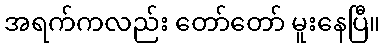
အရက်ကလည်း တော်တော် မူးနေပြီ။